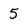
Character: 5